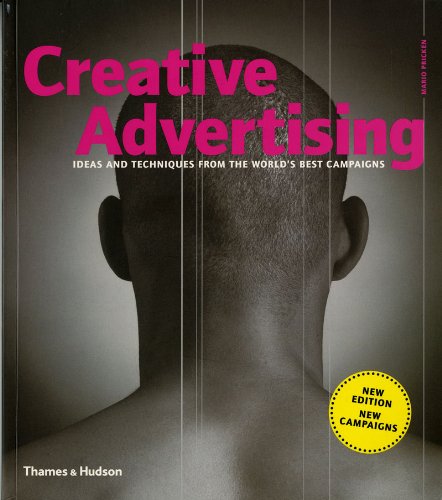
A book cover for Creative Advertising, New Edition; Mario Pricken; Business & Money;